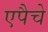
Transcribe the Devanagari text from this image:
एपैचे